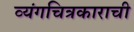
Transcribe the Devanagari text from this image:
व्यंगचित्रकाराची